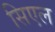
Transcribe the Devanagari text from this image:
सिएल